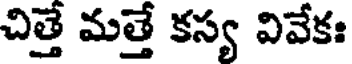
చిత్తే మత్తే కస్య వివేకః